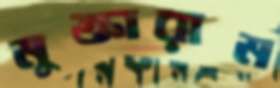
মুক্তারাম